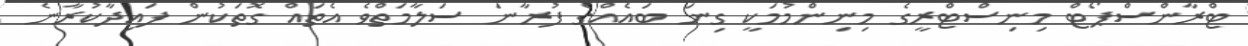
ޓްރާންސްޕޯޓް މިނިސްޓްރީގެ މިނިންމުމަކީ ގިނަ ބައެއްގެ ފުރާނަ ސަލާމަތްވެ އެތައް ގޮތަކުން ފައިދާކުރާނެ